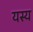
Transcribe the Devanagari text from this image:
यस्‍य